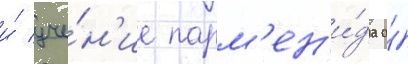
и́ уче́н'ие парм'ен'и́да о́